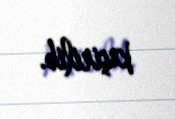
keçirilib.